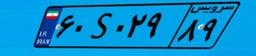
۶۰S۰۲۹۸۹